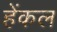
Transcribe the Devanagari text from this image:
हेंकल